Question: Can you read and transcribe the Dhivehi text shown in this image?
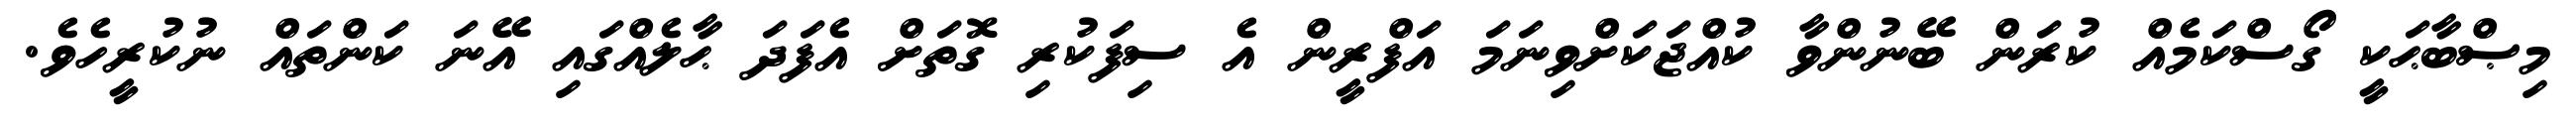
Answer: މިޞްބާޙަކީ ގޯސްކަމެއް ކުރަން ބޭނުންވާ ކުއްޖަކަށްވިނަމަ އަފްރީން އެ ސިފަކުރި ގޮތަށް އެފަދަ ޙާލެއްގައި އޭނަ ކަންތައް ނުކުރީހެވެ.